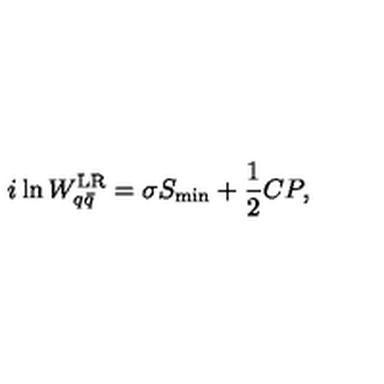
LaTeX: i \ln W _ { q \bar { q } } ^ { \mathrm { L R } } = \sigma S _ { \mathrm { m i n } } + { \frac { 1 } { 2 } } C P ,